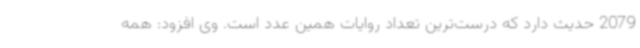
2079 حدیث دارد که درست‌ترین تعداد روایات همین عدد است. وی افزود: همه